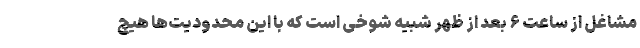
مشاغل از ساعت ۶ بعد از ظهر شبیه شوخی است که با این محدودیت‌ها هیچ